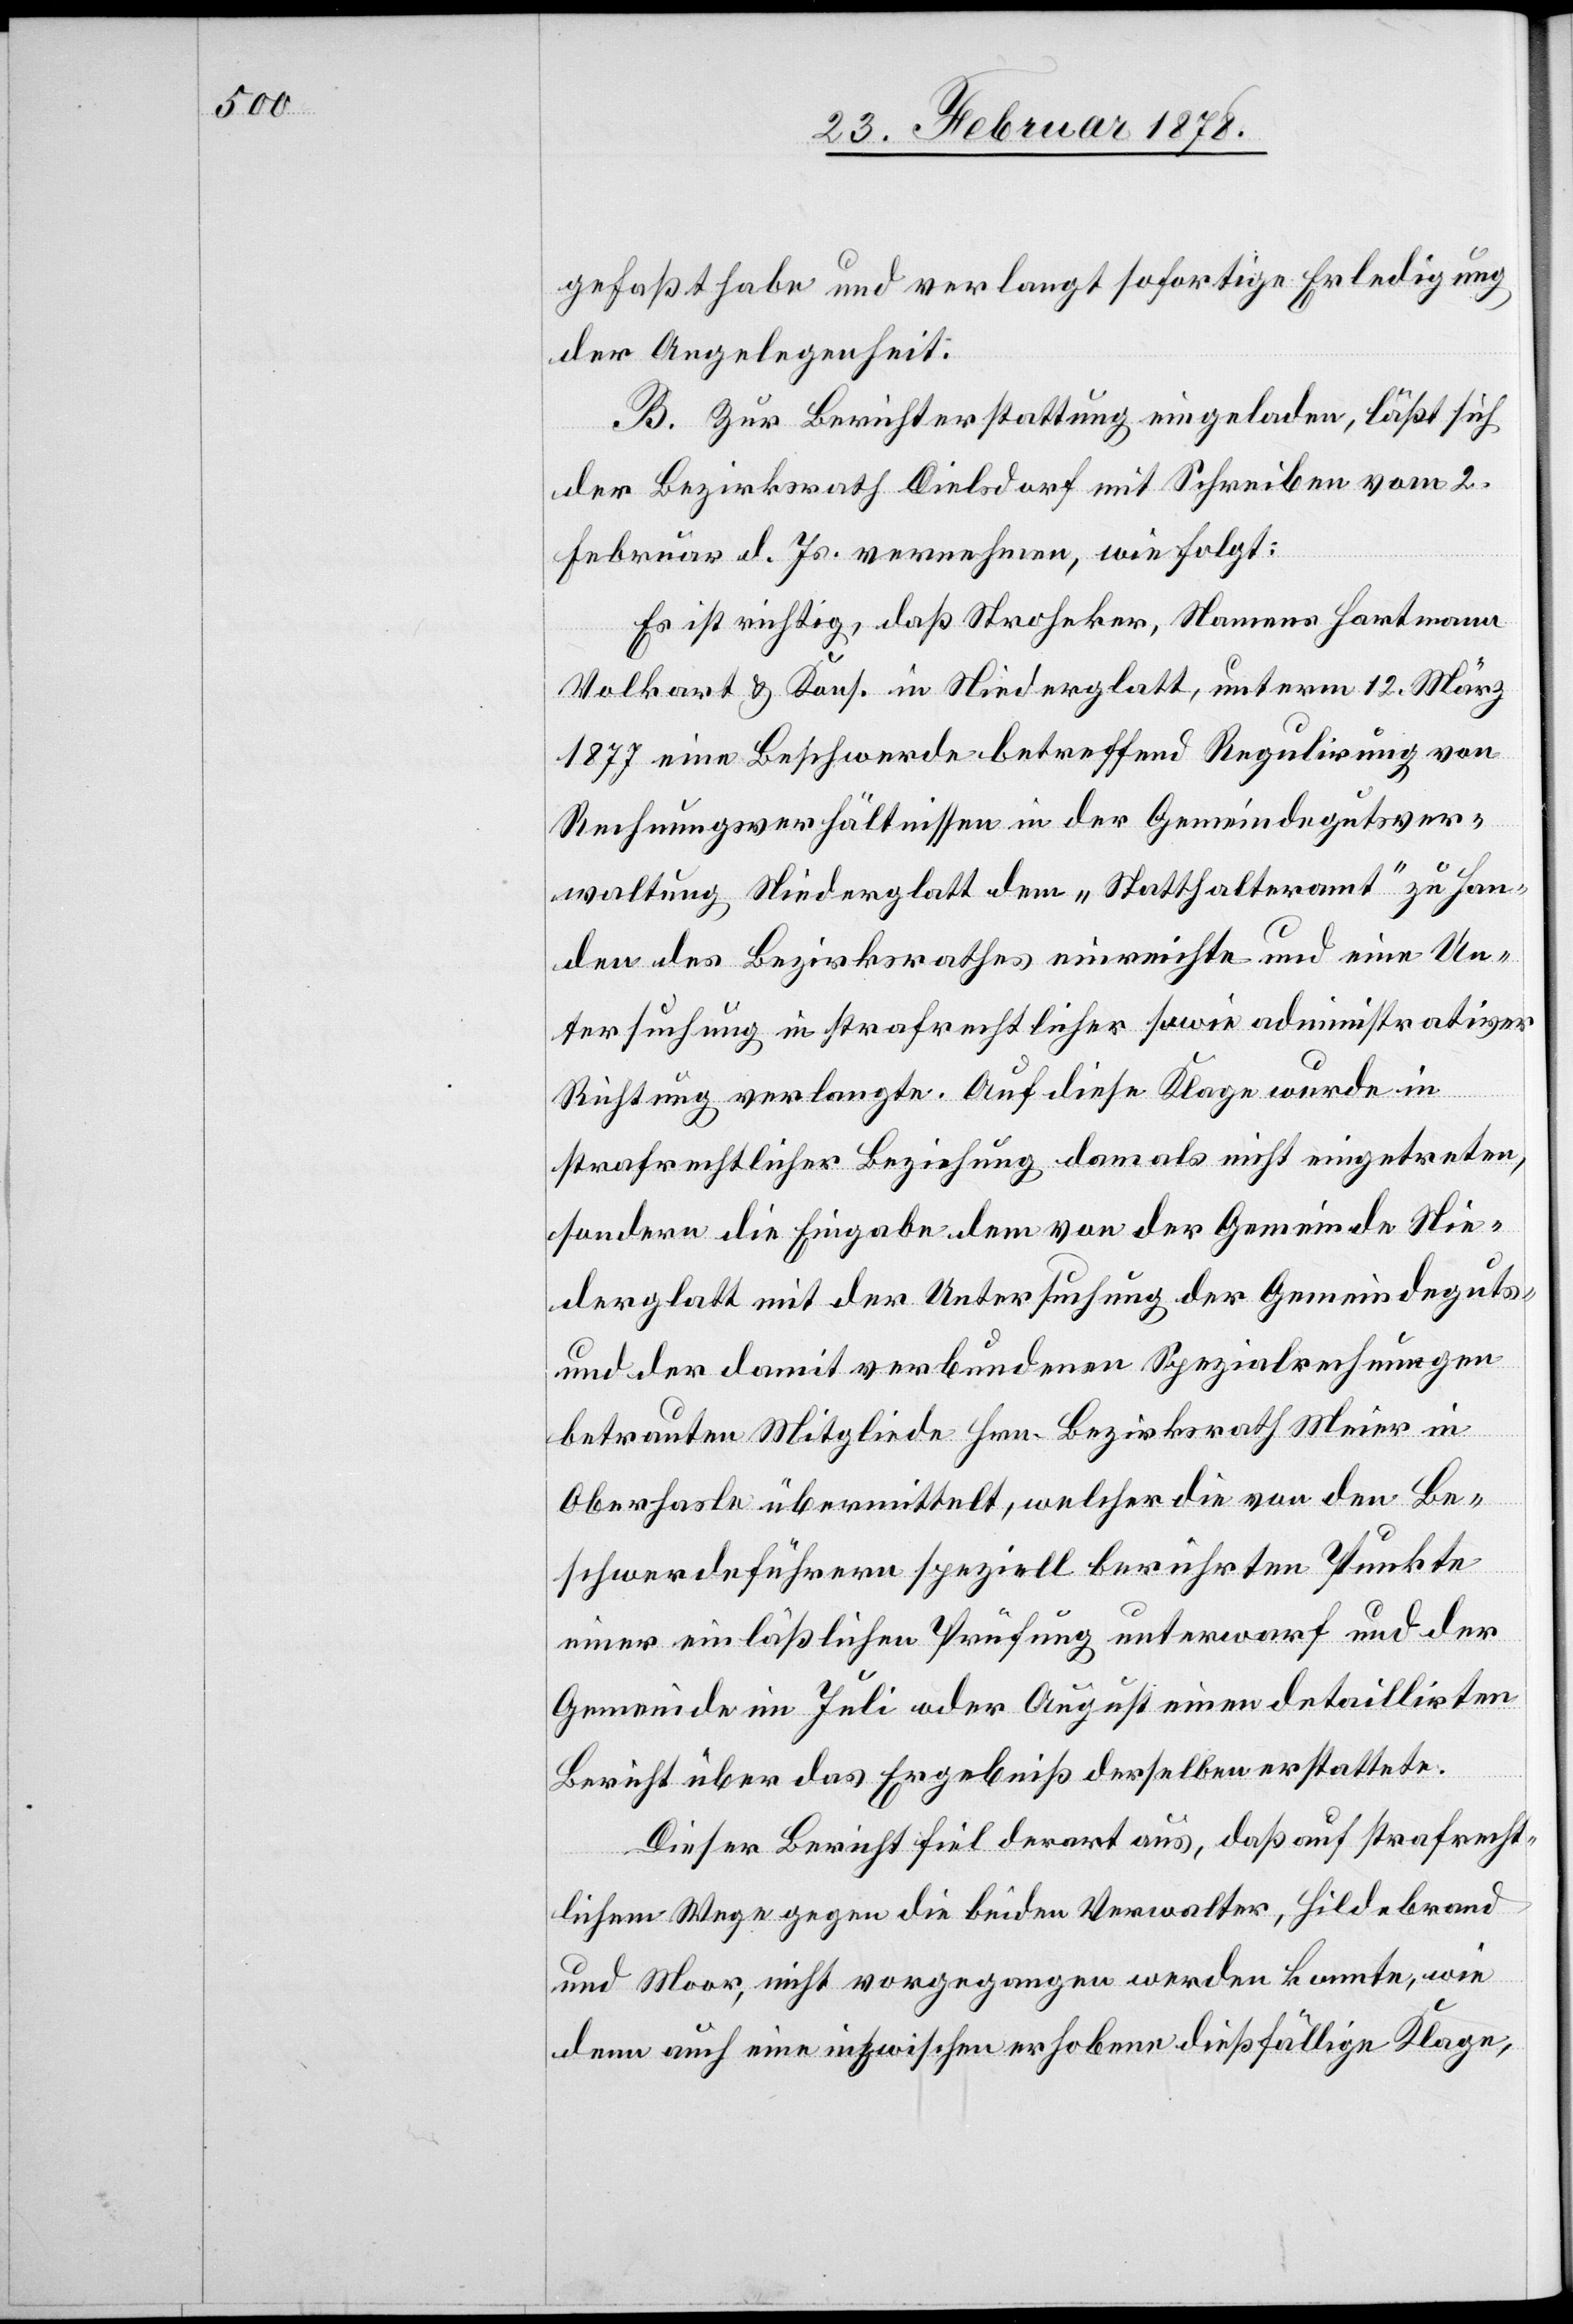
gefaßt habe und verlangt sofortige Erledigung
der Angelegenheit.
B. Zur Berichterstattung eingeladen, läßt sich
der Bezirksrath Dielsdorf mit Schreiben vom 2.
Februar d. Js. vernehmen, wie folgt:
Es ist richtig, daß Stroheker, Namens Hartmann
Volkart & Kons. in Niederglatt, unterm 12. März
1877 eine Beschwerde betreffend Regulirung von
Rechnungsverhältnissen in der Gemeindegutsver¬
waltung Niederglatt dem „Statthalteramt“ zu Han¬
den des Bezirksrathes einreichte und eine Un¬
tersuchung in strafrechtlicher sowie administrativer
Richtung verlangte. Auf diese Klage wurde in
strafrechtlicher Beziehung damals nicht eingetreten,
sondern die Eingabe dem von der Gemeinde Nie¬
derglatt mit der Untersuchung des Gemeindeguts
und der damit verbundenen Spezialrechnungen
betrauten Mitglieder Hrn. Bezirksrath Meier in
Oberhasli übermittelt, welcher die von den Be¬
schwerdeführern speziell berührten Punkte
einer einläßlichen Prüfung unterwarf und der
Gemeinde im Juli oder August einen detaillirten
Bericht über das Ergebniß derselben erstattete.
Dieser Bericht fiel derart aus, daß auf strafrecht¬
lichem Wege gegen die beiden Verwalter, Hildebrand
und Moor, nicht vorgegangen werden konnte, wie
denn auch eine inzwischen erhobene dießfällige Klage,